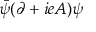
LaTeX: { \bar { \psi } } ( \partial + i e A ) \psi